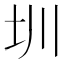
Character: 圳